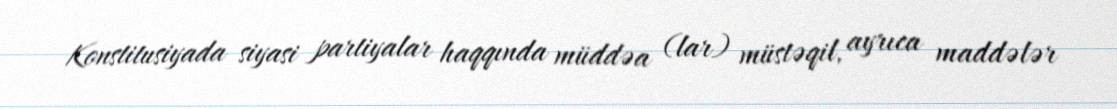
Konstitusiyada siyasi partiyalar haqqında müddəa (lar) müstəqil, ayrıca maddələr